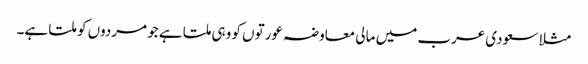
مثلا سعودی عرب میں مالی معاوضہ عورتوں کو وہی ملتا ہے جو مردوں کو ملتا ہے۔